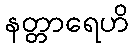
နတ္တာရေဟိ